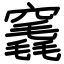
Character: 竁